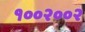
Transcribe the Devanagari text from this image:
१००२००२